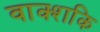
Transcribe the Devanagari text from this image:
वाक्शकि